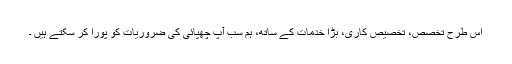
اس طرح تخصص، تخصیص کاری، بڑا خدمات کے ساتھ، ہم سب آپ چھپائی کی ضروریات کو پورا کر سکتے ہیں ۔